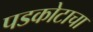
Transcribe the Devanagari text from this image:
पडकोटाचा